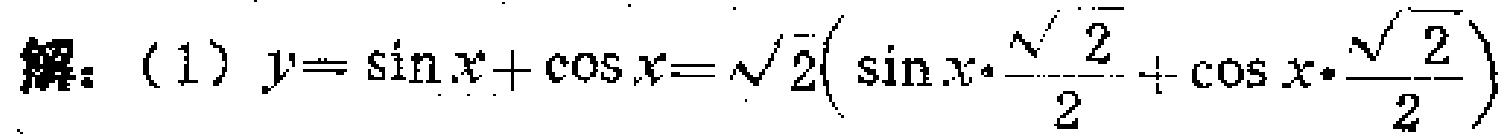
解：（1）\(y = \sin x+\cos x=\sqrt{2}\left(\sin x\cdot\frac{\sqrt{2}}{2}+\cos x\cdot\frac{\sqrt{2}}{2}\right)\)